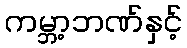
ကမ္ဘာ့ဘဏ်နှင့်